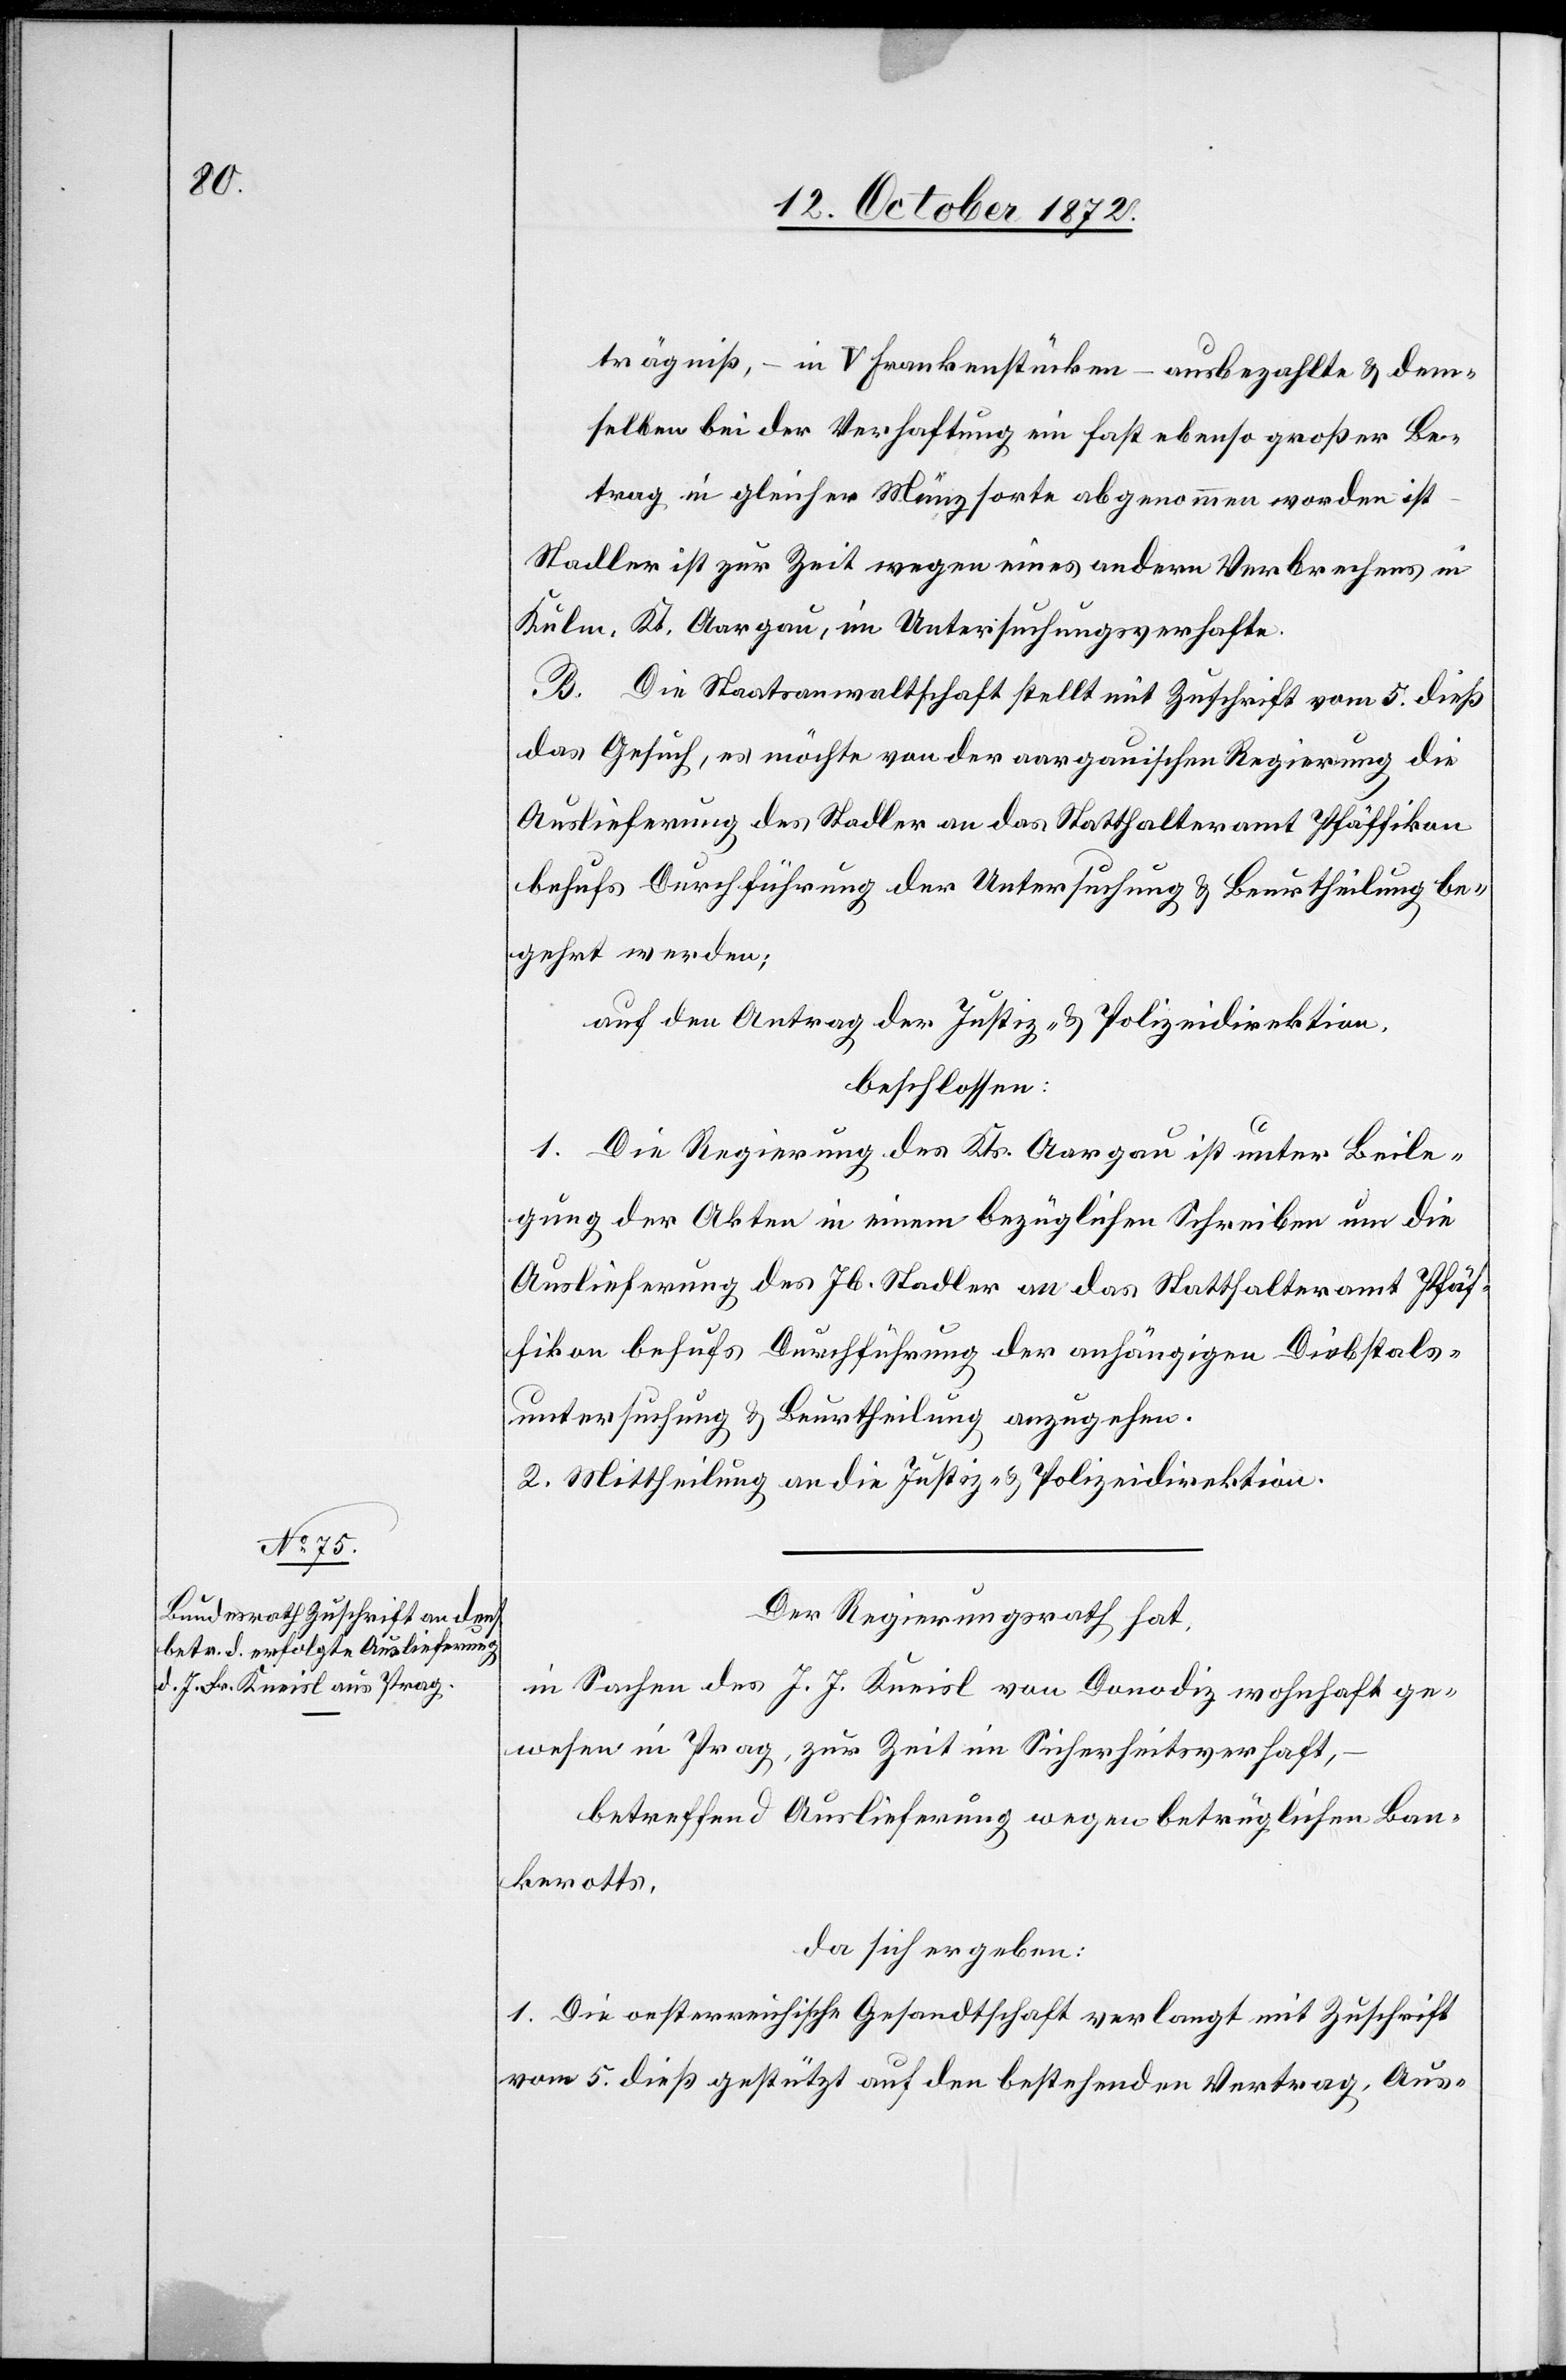
trägniß, – in V Frankenstücken – ausbezahlte u. dem¬
selben bei der Verhaftung ein fast ebenso großer Be¬
trag in gleicher Münzsorte abgenommen worden ist
Stadler ist zur Zeit wegen eines andern Verbrechens in
Kulm, Kt. Aargau, im Untersuchungsverhafte.
B. Die Staatsanwaltschaft stellt mit Zuschrift vom 5. dieß
das Gesuch, es möchte von der aargauischen Regierung die
Auslieferung des Stadler an das Statthalteramt Pfäffikon
behufs Durchführung der Untersuchung u. Beurtheilung be¬
gehrt werden;
auf den Antrag der Justiz- u. Polizeidirektion,
beschlossen:
1. Die Regierung des Kts. Aargau ist unter Beile¬
gung der Akten in einem bezüglichen Schreiben um die
Auslieferung des Jb. Stadler an das Statthalteramt Pfäf¬
fikon behufs Durchführung der anhängigen Diebstals¬
untersuchung u. Beurtheilung anzugehen.
2. Mittheilung an die Justiz- u. Polizeidirektion.
Der Regierungsrath hat,
in Sachen des J. J. [sic!] Kneisl von Donodiz wohnhaft ge¬
wesen in Prag, zur Zeit im Sicherheitsverhaft,
betreffend Auslieferung wegen betrüglichen Ban¬
kerotts,
da sich ergeben:
1. Die oesterreichische Gesandtschaft verlangt mit Zuschrift
vom 5. dieß gestützt auf den bestehenden Vertrag, Aus-